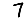
Digit: 7